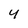
Character: y